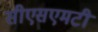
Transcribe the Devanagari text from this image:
सीएसएमटी